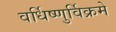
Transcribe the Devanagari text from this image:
वर्धिष्णुर्विक्रमे